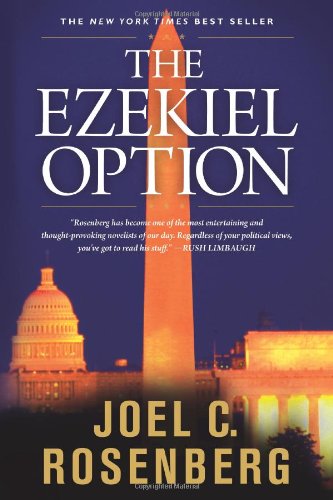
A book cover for The Ezekiel Option (Political Thrillers Series #3); Joel C. Rosenberg; Christian Books & Bibles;